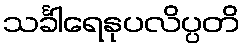
သင်္ခါရေနုပလိပ္ပတိ